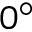
0 ^ { \circ }